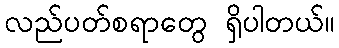
လည်ပတ်စရာတွေ ရှိပါတယ်။